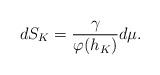
LaTeX: \begin{align*} dS_K= \frac{\gamma}{\varphi(h_K)}d\mu.\end{align*}